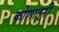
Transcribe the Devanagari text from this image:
कोणातरी